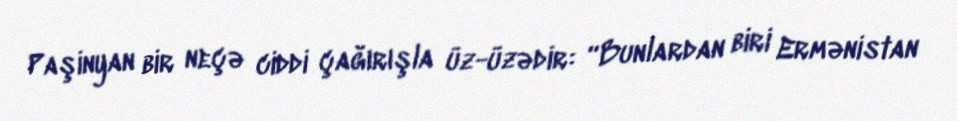
Paşinyan bir neçə ciddi çağırışla üz-üzədir: “Bunlardan biri Ermənistan